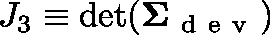
J _ { 3 } \equiv \mathrm { d e t } ( \mathbf { \Sigma } _ { \mathrm { ~ d ~ e ~ v ~ } } )